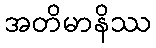
အတိမာနိဿ